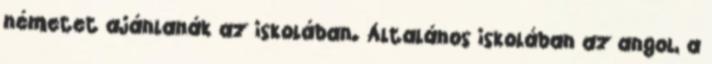
németet ajánlanák az iskolában. Általános iskolában az angol, a